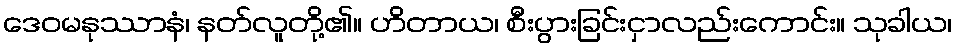
ဒေဝမနုဿာနံ၊ နတ်လူတို့၏။ ဟိတာယ၊ စီးပွားခြင်းငှာလည်းကောင်း။ သုခါယ၊